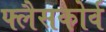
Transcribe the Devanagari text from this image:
फ्लैसकोर्व